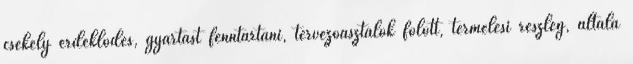
csekély érdeklődés, gyártást fenntartani, tervezőasztalok fölött, termelési részleg, általa